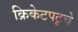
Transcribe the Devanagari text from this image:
क्रिकेटपटूचे